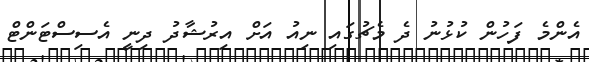
އެންމެ ފަހުން ކުޅުނު ދެ މެޗުގައި ނިއު އަށް އިރުޝާދު ދިނީ އެސިސްޓަންޓް